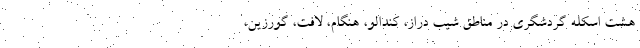
هشت اسکله گردشگری در مناطق شیب دراز، کندالو، هنگام، لافت، گورزین،